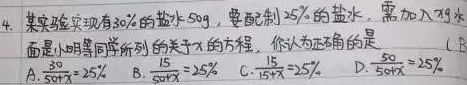
4. 某实验现有\(30\%\)的盐水\(50g\)，要配制\(25\%\)的盐水，需加入\(x g\)水。下面是小明等同学所列的关于\(x\)的方程，你认为正确的是 （  ）
A. \(\frac{30}{50 + x}=25\%\)
B. \(\frac{50\times 30\%}{50 + x}=25\%\)
C. \(\frac{15}{15 + x}=25\%\)
D. \(\frac{50\times 30\%}{50 - x}=25\%\)